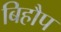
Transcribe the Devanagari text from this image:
बिहौप